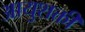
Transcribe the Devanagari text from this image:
आयुशक्ती